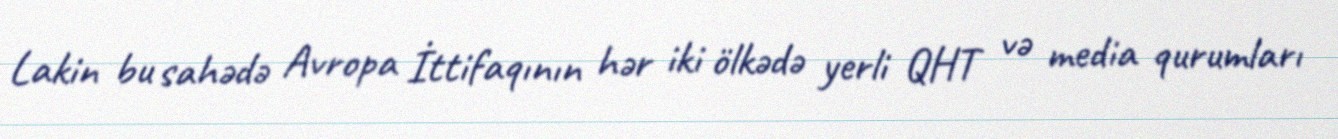
Lakin bu sahədə Avropa İttifaqının hər iki ölkədə yerli QHT və media qurumları